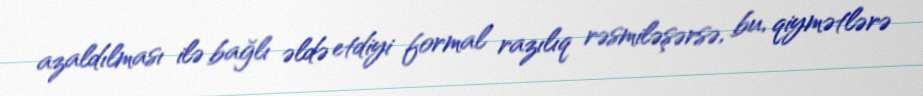
azaldılması ilə bağlı əldə etdiyi formal razılıq rəsmiləşərsə, bu, qiymətlərə